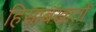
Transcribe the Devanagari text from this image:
हिसाबखातों